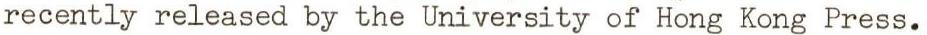
recently released by the University of Hong Kong Press.